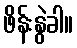
ဖိန်းနွဲခါ။